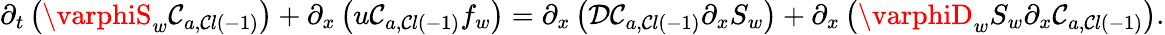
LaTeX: \partial_{t}\left(\varphiS_{w}\mathcal{C}_{a,\mathcal{C}l\left(-1\right)}\right)+\partial_{x}\left(u\mathcal{C}_{a,\mathcal{C}l\left(-1\right)}f_{w}\right)=\partial_{x}\left(\mathcal{{D}}\mathcal{C}_{a,\mathcal{C}l\left(-1\right)}\partial_{x}S_{w}\right)+\partial_{x}\left(\varphiD_{w}S_{w}\partial_{x}\mathcal{C}_{a,\mathcal{C}l\left(-1\right)}\right).